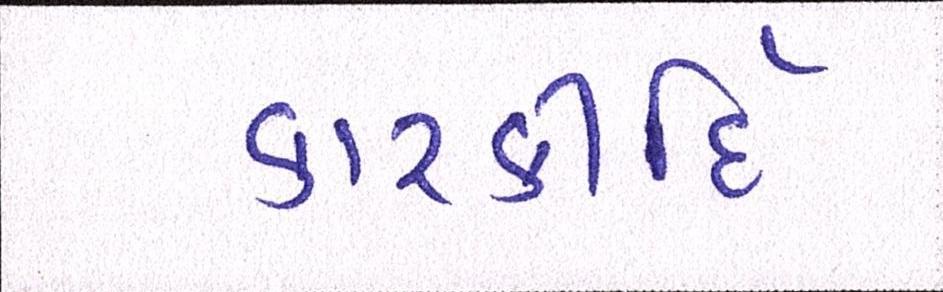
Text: કારકીર્દિ